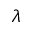
\lambda